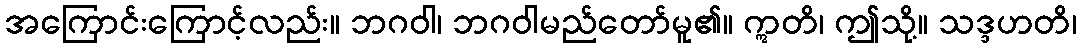
အကြောင်းကြောင့်လည်း။ ဘဂဝါ၊ ဘဂဝါမည်တော်မူ၏။ ဣတိ၊ ဤသို့။ သဒ္ဒဟတိ၊